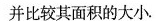
并比较其面积的大小。